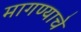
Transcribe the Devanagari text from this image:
मागण्याचे